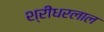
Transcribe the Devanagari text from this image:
श्रीधरलाल